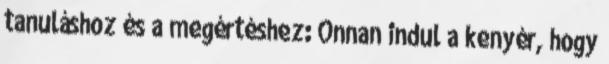
tanuláshoz és a megértéshez: Onnan indul a kenyér, hogy